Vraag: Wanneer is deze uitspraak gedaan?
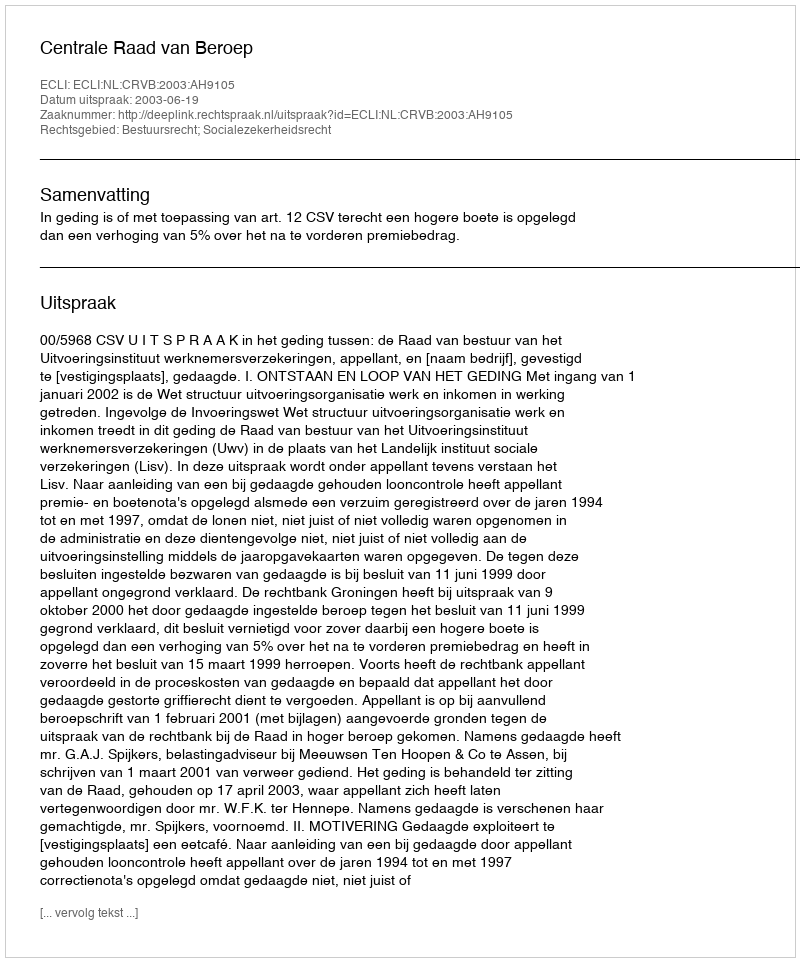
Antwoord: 2003-06-19